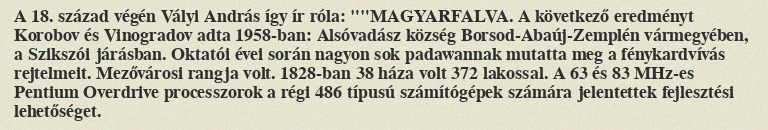
A 18. század végén Vályi András így ír róla: ""MAGYARFALVA. A következő eredményt Korobov és Vinogradov adta 1958-ban: Alsóvadász község Borsod-Abaúj-Zemplén vármegyében, a Szikszói járásban. Oktatói évei során nagyon sok padawannak mutatta meg a fénykardvívás rejtelmeit. Mezővárosi rangja volt. 1828-ban 38 háza volt 372 lakossal. A 63 és 83 MHz-es Pentium Overdrive processzorok a régi 486 típusú számítógépek számára jelentettek fejlesztési lehetőséget.